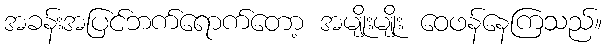
အခန်းအပြင်ဘက်ရောက်တော့ အမျိုးမျိုး ဝေဖန်နေကြသည်။